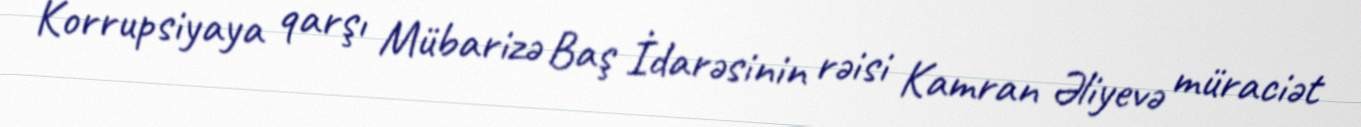
Korrupsiyaya qarşı Mübarizə Baş İdarəsinin rəisi Kamran Əliyevə müraciət